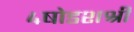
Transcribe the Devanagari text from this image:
४षोडशश्री